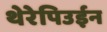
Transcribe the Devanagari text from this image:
थेरेपिउईन